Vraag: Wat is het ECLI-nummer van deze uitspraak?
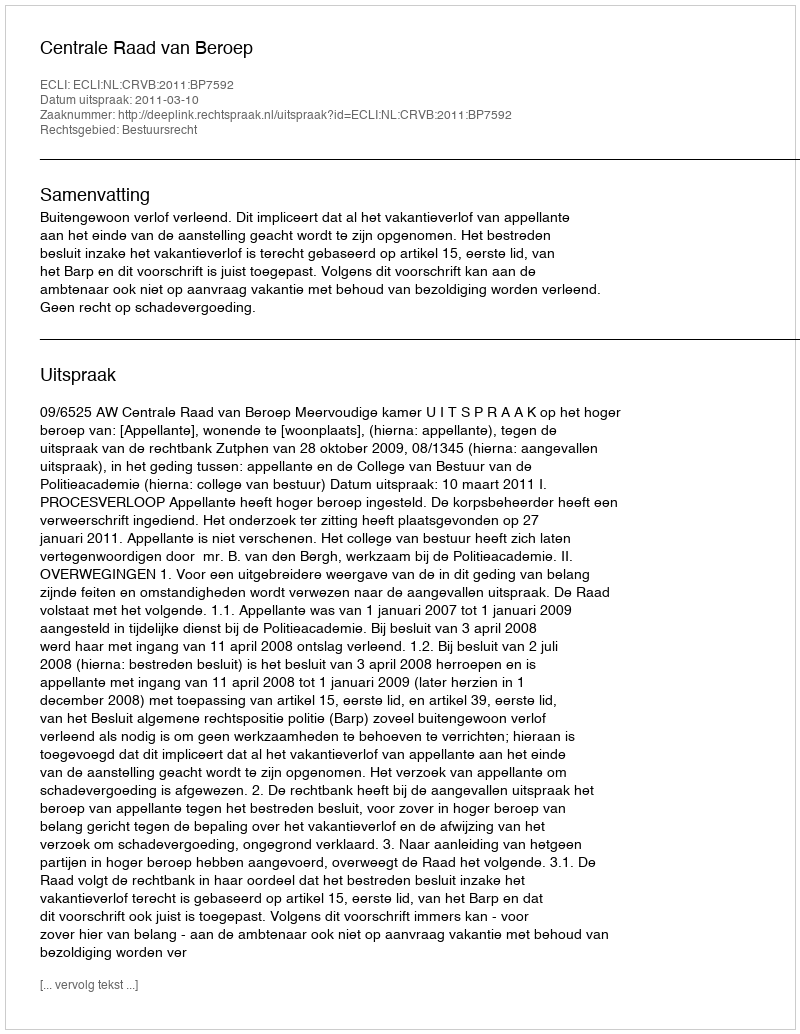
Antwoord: ECLI:NL:CRVB:2011:BP7592